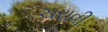
ચરાવી